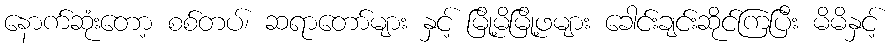
နောက်ဆုံးတော့ စစ်တပ်၊ ဆရာတော်များ နှင့် မြို့မိမြို့ဖများ ခေါင်းချင်းဆိုင်ကြပြီး မိမိနှင့်